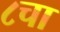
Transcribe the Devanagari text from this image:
८चा